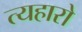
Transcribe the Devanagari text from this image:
त्यहारो